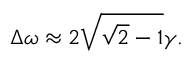
\Delta \omega \approx 2 \sqrt { \sqrt { 2 } - 1 } \gamma .